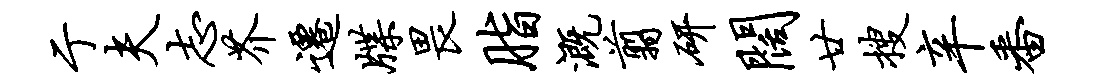
亍夫志芥迁牒畏脂溉翦研阔廿搜辛番